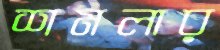
শমলার